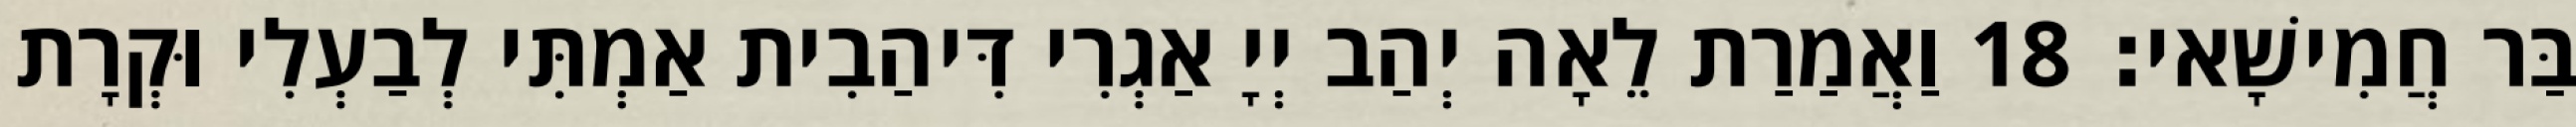
בַּר חֲמִישָׁאי׃ 18 וַאֲמַרַת לֵאָה יְהַב יְיָ אַגְרִי דִּיהַבִית אַמְתִּי לְבַעְלִי וּקְרָת